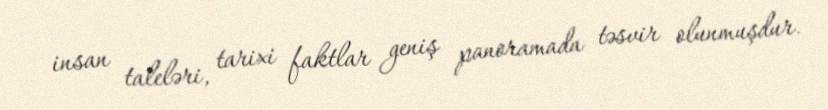
insan taleləri, tarixi faktlar geniş panoramada təsvir olunmuşdur.